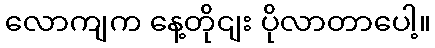
လောကျက နေ့တိုငျး ပိုလာတာပေါ့။